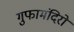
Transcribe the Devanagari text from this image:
गुफामंदिरों